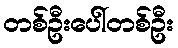
တစ်ဦးပေါ်တစ်ဦး